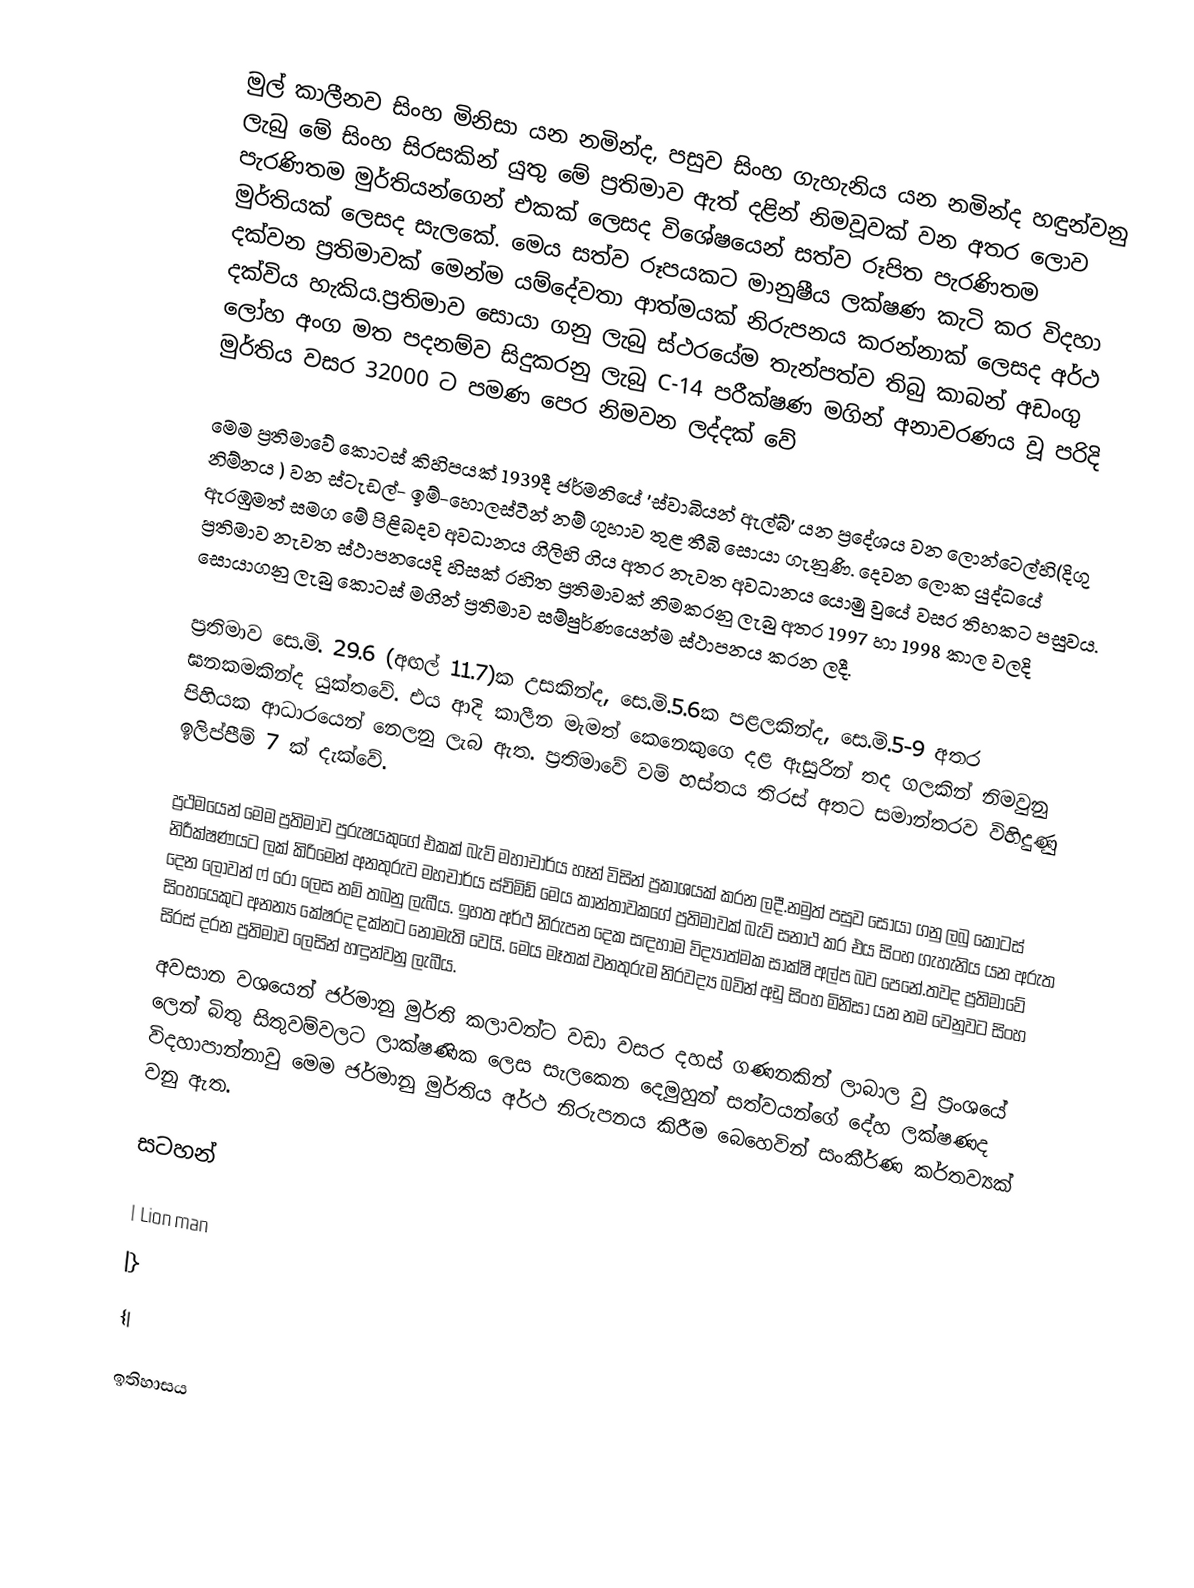
මුල් කාලීනව සිංහ මිනිසා යන නමින්ද, පසුව සිංහ ගැහැනිය යන නමින්ද හඳුන්වනු ලැබු මේ සිංහ සිරසකින් යුතු මේ ප්‍රතිමාව ඇත් දළින් නිමවූවක් වන අතර ලොව පැරණිතම මුර්තියන්ගෙන් එකක් ලෙසද විශේෂයෙන් සත්ව රූපිත පැරණිතම මුර්තියක් ලෙසද සැලකේ. මෙය සත්ව රූපයකට මානුෂීය ලක්ෂණ කැටි කර විදහා දක්වන ප්‍රතිමාවක් මෙන්ම යම්දේවතා ආත්මයක් නිරුපනය කරන්නාක් ලෙසද අර්ථ දක්විය හැකිය.ප්‍රතිමාව සොයා ගනු ලැබු ස්ථරයේම තැන්පත්ව තිබු කාබන් අඩංගු ලෝහ අංග මත පදනම්ව සිදුකරනු ලැබු C-14 පරීක්ෂණ මගින් අනාවරණය වූ පරිදි මුර්තිය වසර 32000 ට පමණ පෙර නිමවන ලද්දක් වේ

මෙම ප්‍රතිමාවේ කොටස් කිහිපයක් 1939දී  ජර්මනියේ 'ස්වාබියන් ඇල්බ්' යන ප්‍රදේශය වන ලොන්ටෙල්හි(දිගු නිම්නය ) වන ස්ටැඩල්- ඉම්-හොලස්ටීන් නම් ගුහාව තුළ තීබි සොයා ගැනුණි. දෙවන ලොක යුද්ධයේ ඇරඹුමත් සමග මේ පිළිබදව අවධානය ගිලිහි ගිය අතර නැවත අවධානය යොමු වුයේ වසර තිහකට පසුවය. ප්‍රතිමාව නැවත ස්ථාපනයෙදි හිසක් රහිත ප්‍රතිමාවක් නිමකරනු ලැබු අතර 1997 හා 1998 කාල වලදි සොයාගනු ලැබු කොටස් මගින් ප්‍රතිමාව සම්පුර්ණයෙන්ම ස්ථාපනය කරන ලදී.

ප්‍රතිමාව සෙ.මි. 29.6 (අඟල් 11.7)ක උසකින්ද, සෙ.මි.5.6ක පළලකින්ද, සෙ.මි.5-9 අතර ඝනකමකින්ද යුක්තවේ. එය ආදි කාලීන මැමත් කෙනෙකුගෙ දළ ඇසුරින් තද ගලකින් නිමවුනු පිහියක ආධාරයෙන් නෙලනු ලැබ ඇත. ප්‍රතිමාවේ වම් හස්තය තිරස් අතට සමාන්තරව විහිදුණු ඉලිප්පීම් 7 ක් දැක්වේ.

ප්‍රථමයෙන් මෙම ප්‍රතිමාව පුරුෂයකුගේ එකක් බැව් මහාචාර්ය හෑන් විසින් ප්‍රකාශයක් කරන ලදී.නමුත් පසුව සොයා ගනු ලබු කොටස් නිරීක්ෂණයට ලක් කිරිමෙන් අනතුරුව මහචාර්ය ස්චිමිඩ් මෙය කාන්තාවකගේ ප්‍රතිමාවක් බැව් සනාථ කර එය සිංහ ගැහැනිය යන අරුත දෙන ලෝවන් ෆ් රෝ ලෙස නම් තබනු ලැබීය. ඉහත අර්ථ නිරුපන දෙක සඳහාම විද්‍යාත්මක සාක්ෂි අල්ප බව පෙනේ.තවද ප්‍රතිමාවේ සිංහයෙකුට අනන්‍ය කේෂරද දක්නට නොමැති වෙයි. මෙය මෑතක් වනතුරුම නිරවද්‍ය බවින් අඩු සිංහ මිනිසා යන නම වෙනුවට සිංහ සිරස් දරන ප්‍රතිමාව ලෙසින් හඳුන්වනු ලැබීය.
අවසාන වශයෙන් ජර්මානු මුර්ති කලාවන්ට වඩා වසර දහස් ගණනකින් ලාබාල වු ප්‍රංශයේ ලෙන් බිතු සිතුවම්වලට ලාක්ෂණික ලෙස සැලකෙන දෙමුහුන් සත්වයන්ගේ දේහ ලක්ෂණද විදහාපාන්නාවු මෙම ජර්මානු මුර්තිය අර්ථ නිරුපනය කිරීම බෙහෙවින් සංකීර්ණ කර්තව්‍යක් වනු ඇත.

සටහන්

| Lion man
|}
{|

ඉතිහාසය